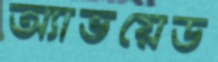
অ্যাভয়েড